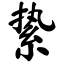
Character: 絷